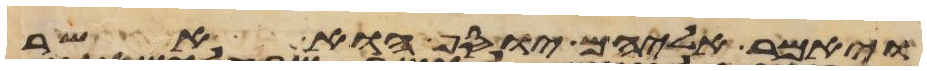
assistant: ויאמר אליהם יוסף הוא אשר